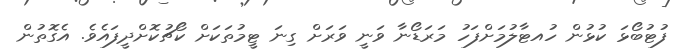
ފުޓުބޯޅަ ކުޅުން ހުއޓާލުމަށްފަހު މަރަޑޯނާ ވަނީ ވަރަށް ގިނަ ޓީމުތަކަށް ކޯޗުކޮށްދީފައެވެ. އެގޮތުން